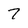
Character: 7